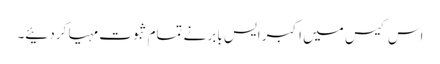
اس کیس میں اکبر ایس بابر نے تمام ثبوت مہیا کردئیے۔